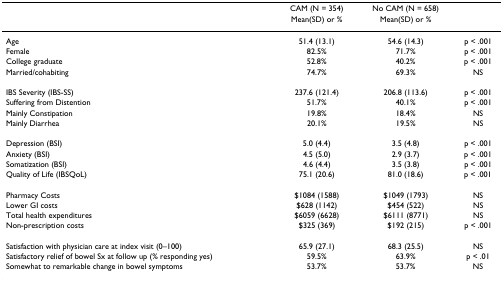
<table><thead><tr><td></td><td><b>CAM (N = 354)</b></td><td><b>No CAM (N = 658) </b></td><td></td></tr><tr><td></td><td><b>Mean(SD) or %</b></td><td><b>Mean(SD) or %</b></td><td></td></tr></thead><tbody><tr><td>Age</td><td>51.4 (13.1)</td><td>54.6 (14.3)</td><td>p &lt; .001</td></tr><tr><td>Female</td><td>82.5%</td><td>71.7%</td><td>p &lt; .001</td></tr><tr><td>College graduate</td><td>52.8%</td><td>40.2%</td><td>p &lt; .001</td></tr><tr><td>Married/cohabiting</td><td>74.7%</td><td>69.3%</td><td>NS</td></tr><tr><td>IBS Severity (IBS-SS)</td><td>237.6 (121.4)</td><td>206.8 (113.6)</td><td>p &lt; .001</td></tr><tr><td>Suffering from Distention</td><td>51.7%</td><td>40.1%</td><td>p &lt; .001</td></tr><tr><td>Mainly Constipation</td><td>19.8%</td><td>18.4%</td><td>NS</td></tr><tr><td>Mainly Diarrhea</td><td>20.1%</td><td>19.5%</td><td>NS</td></tr><tr><td>Depression (BSI)</td><td>5.0 (4.4)</td><td>3.5 (4.8)</td><td>p &lt; .001</td></tr><tr><td>Anxiety (BSI)</td><td>4.5 (5.0)</td><td>2.9 (3.7)</td><td>p &lt; .001</td></tr><tr><td>Somatization (BSI)</td><td>4.6 (4.4)</td><td>3.5 (3.8)</td><td>p &lt; .001</td></tr><tr><td>Quality of Life (IBSQoL)</td><td>75.1 (20.6)</td><td>81.0 (18.6)</td><td>p &lt; .001</td></tr><tr><td>Pharmacy Costs</td><td>$1084 (1588)</td><td>$1049 (1793)</td><td>NS</td></tr><tr><td>Lower GI costs</td><td>$628 (1142)</td><td>$454 (522)</td><td>NS</td></tr><tr><td>Total health expenditures</td><td>$6059 (6628)</td><td>$6111 (8771)</td><td>NS</td></tr><tr><td>Non-prescription costs</td><td>$325 (369)</td><td>$192 (215)</td><td>p &lt; .001</td></tr><tr><td>Satisfaction with physician care at index visit (0–100)</td><td>65.9 (27.1)</td><td>68.3 (25.5)</td><td>NS</td></tr><tr><td>Satisfactory relief of bowel Sx at follow up (% responding yes)</td><td>59.5%</td><td>63.9%</td><td>p &lt; .01</td></tr><tr><td>Somewhat to remarkable change in bowel symptoms</td><td>53.7%</td><td>53.7%</td><td>NS</td></tr></tbody></table>